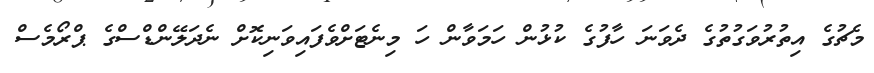
މެޗުގެ އިތުރުވަގުތުގެ ދެވަނަ ހާފުގެ ކުޅުން ހަމަވާން ހަ މިނެޓަށްވެފައިވަނިކޮށް ނެދަލޭންޑްސްގެ ޕްރޯމެސް